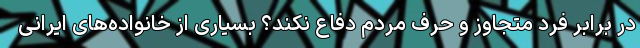
در برابر فرد متجاوز و حرف مردم دفاع نکند؟ بسیاری از خانواده‌های ایرانی